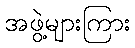
အဖွဲ့များကြား